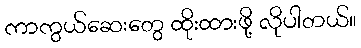
ကာကွယ်ဆေးတွေ ထိုးထားဖို့ လိုပါတယ်။